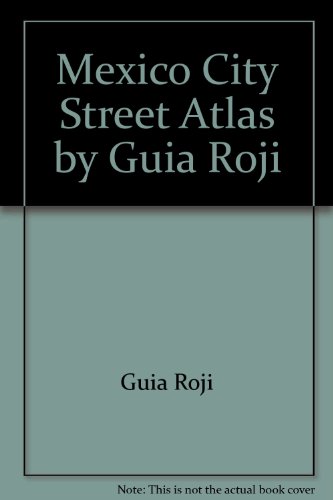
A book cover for Mexico City Street Atlas by Guia Roji; Guia Roji; Travel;